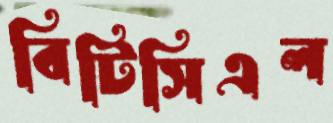
বিটিসিএল